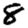
Digit: 8